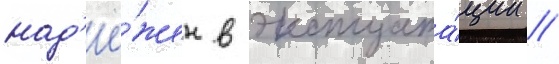
над'ё́жен в эксплуата́ции //